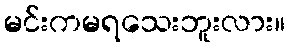
မင်းကမရသေးဘူးလား။